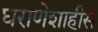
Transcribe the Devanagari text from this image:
घराणेशाहीस